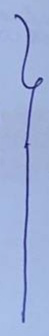
}